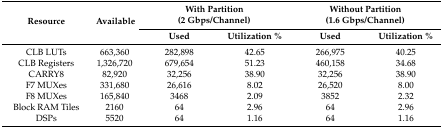
| <ROWSPAN=2> Resource | <ROWSPAN=2> Available | <COLSPAN=2> With Partition(2 Gbps/Channel) | <COLSPAN=2> Without Partition(1.6 Gbps/Channel) |
 | Used | Utilization % | Used | Utilization % |
 | --- | --- | --- | --- | --- | --- |
 | CLB LUTs | 663,360 | 282,898 | 42.65 | 266,975 | 40.25 |
 | CLB Registers | 1,326,720 | 679,654 | 51.23 | 460,158 | 34.68 |
 | CARRY8 | 82,920 | 32,256 | 38.90 | 32,256 | 38.90 |
 | F7 MUXes | 331,680 | 26,616 | 8.02 | 26,520 | 8.00 |
 | F8 MUXes | 165,840 | 3468 | 2.09 | 3852 | 2.32 |
 | Block RAM Tiles | 2160 | 64 | 2.96 | 64 | 2.96 |
 | DSPs | 5520 | 64 | 1.16 | 64 | 1.16 |